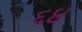
૬૪